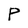
Character: P